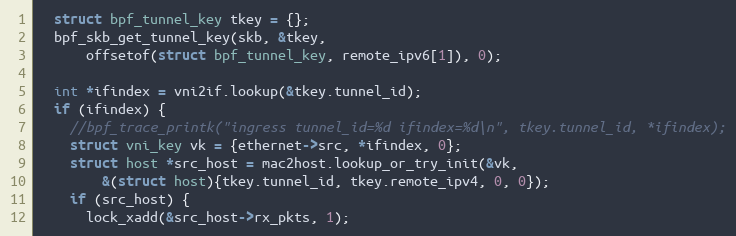
Language: C
  struct bpf_tunnel_key tkey = {};
  bpf_skb_get_tunnel_key(skb, &tkey,
      offsetof(struct bpf_tunnel_key, remote_ipv6[1]), 0);

  int *ifindex = vni2if.lookup(&tkey.tunnel_id);
  if (ifindex) {
    //bpf_trace_printk("ingress tunnel_id=%d ifindex=%d\n", tkey.tunnel_id, *ifindex);
    struct vni_key vk = {ethernet->src, *ifindex, 0};
    struct host *src_host = mac2host.lookup_or_try_init(&vk,
        &(struct host){tkey.tunnel_id, tkey.remote_ipv4, 0, 0});
    if (src_host) {
      lock_xadd(&src_host->rx_pkts, 1);